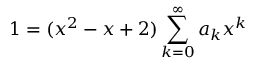
1 = ( x ^ { 2 } - x + 2 ) \sum _ { k = 0 } ^ { \infty } a _ { k } x ^ { k }